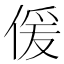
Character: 𠋠